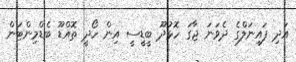
އަދި ފައިނަލްގެ ދެވަނަ ޖާގަ ހޮޅުދޫ ބީޑީސީ އިން ހޯދީ ތޮއްޑޫ ބެޑްމިންޓަން